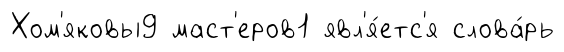
Хом'яковы9 маст'еров1 явл'я́етс'я слова́рь